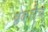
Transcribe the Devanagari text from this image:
प्रकारेच